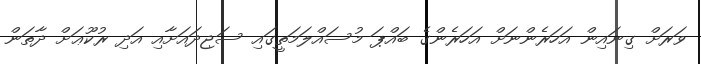
ވަރަށް ގިނައިން އަހަރެންނަށް އަހަރެންގެ ބައްޕަ މުސައްލަމަތީގައި ސަޖިދައަށާއި އަދި ރުކޫޢަށް ދާތަން